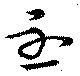
丕